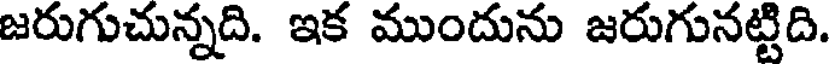
జరుగుచున్నది. ఇక ముందును జరుగునట్టిది.